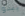
يبدو